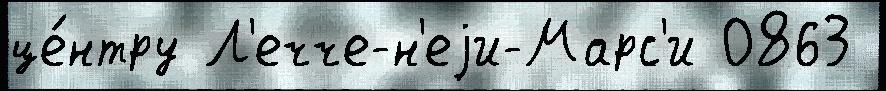
це́нтру Л'ечче-н'еjи-Марс'и 0863